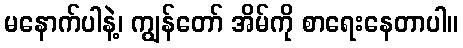
မနောက်ပါနဲ့၊ ကျွန်တော် အိမ်ကို စာရေးနေတာပါ။